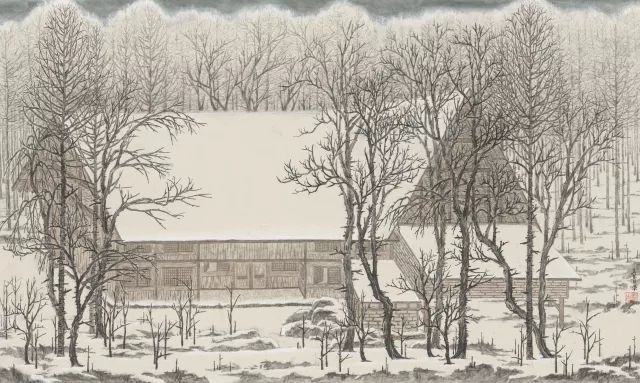
日暖泥融雪半消，行人芳草马声骄。